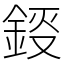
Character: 鋄